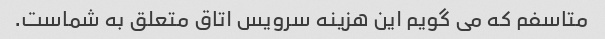
متاسفم که می گویم این هزینه سرویس اتاق متعلق به شماست.